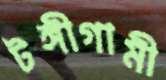
টঙ্গীগামী